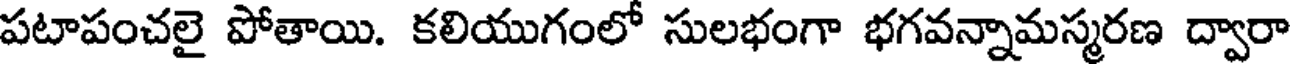
పటాపంచలై పోతాయి. కలియుగంలో సులభంగా భగవన్నామస్మరణ ద్వారా